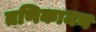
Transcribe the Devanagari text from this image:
तणिकामय